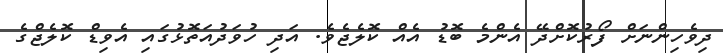
ދިވެހިންނަށް ފޯރުކޮށްދޭ އެންމެ ބޮޑު އެއް ކޮލެޖެވެ. އަދި ހުވަދުއަތޮޅުގައި އެވިޑް ކޮޮލެޖްގެ